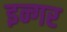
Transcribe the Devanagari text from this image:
इन्गर